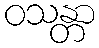
ဝသန္တာ